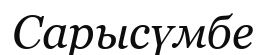
Сарысүмбе